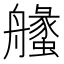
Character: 𦪶